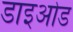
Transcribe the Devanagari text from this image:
डाइओड